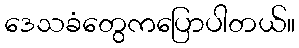
ဒေသခံတွေကပြောပါတယ်။